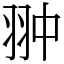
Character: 翀